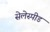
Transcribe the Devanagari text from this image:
सेलेस्पीड